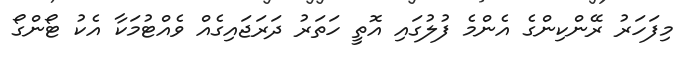
މިފަހަރު ރޭންކިންގެ އެންމެ ފުލުގައި އޮތީ ހަތަރު ދަރަޖައިގެއް ވެއްޓުމަކާ އެކު ޓޯންގޯ